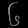
Digit: ၆